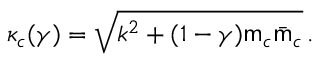
\kappa _ { c } ( \gamma ) = \sqrt { k ^ { 2 } + ( 1 - \gamma ) { \sf m } _ { c } \bar { \sf m } _ { c } } \, .